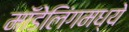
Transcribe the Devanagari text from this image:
मॉडेलिंगमध्ये